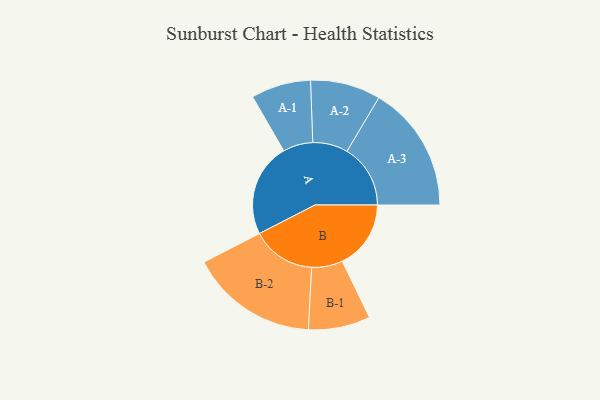
{"axis": {"x": "Segment", "y": "Value"}, "legend": ["", "A", "B"], "data": [{"x": "A", "y": 359, "type": ""}, {"x": "B", "y": 264, "type": ""}, {"x": "A-1", "y": 115, "type": "A"}, {"x": "A-2", "y": 135, "type": "A"}, {"x": "A-3", "y": 244, "type": "A"}, {"x": "B-1", "y": 119, "type": "B"}, {"x": "B-2", "y": 246, "type": "B"}]}